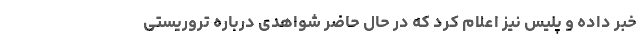
خبر داده و پلیس نیز اعلام کرد که در حال حاضر شواهدی درباره تروریستی